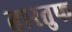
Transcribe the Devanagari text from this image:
तारतुफ